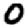
Digit: 0